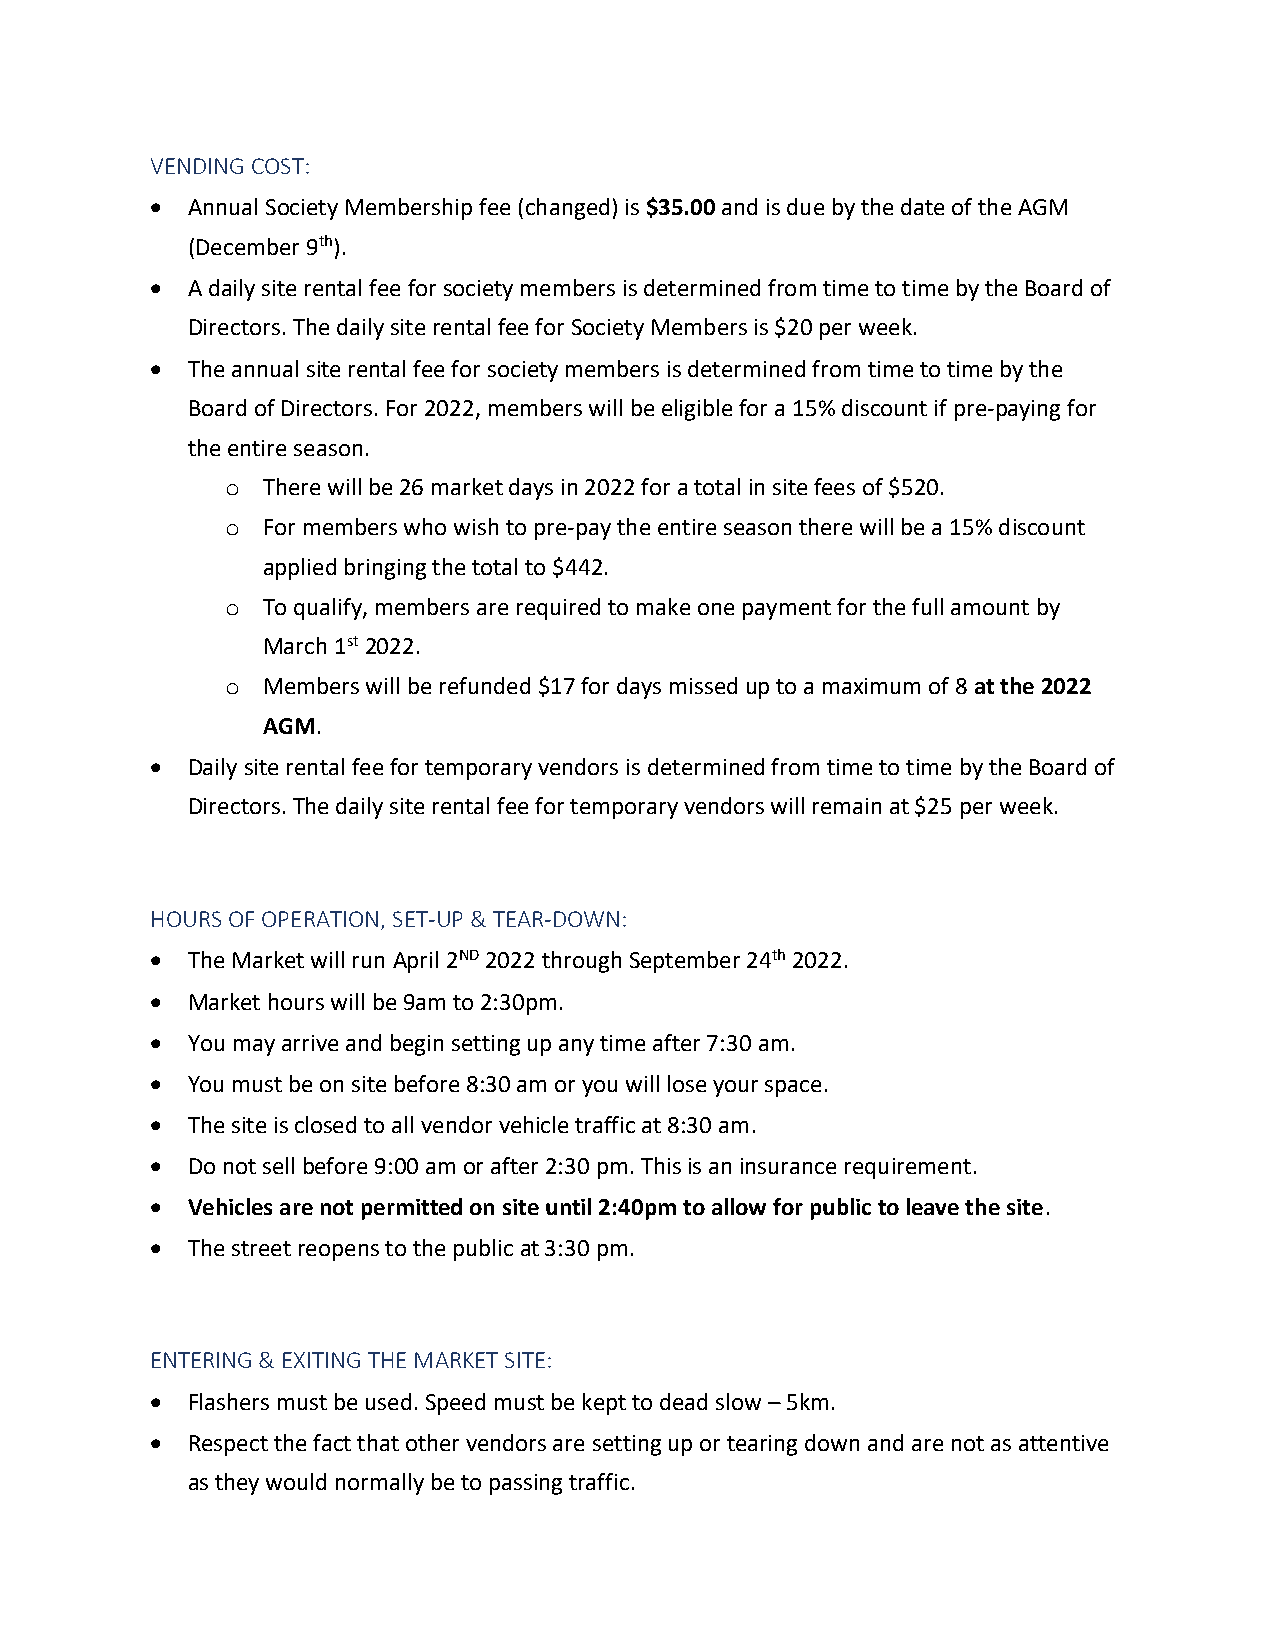
VENDING COST:
 • Annual Society Membership fee (changed) is $35.00 and is due by the date of the AGM
 (December 9th).
 • A daily site rental fee for society members is determined from time to time by the Board of
 Directors. The daily site rental fee for Society Members is $20 per week.
 • The annual site rental fee for society members is determined from time to time by the
 Board of Directors. For 2022, members will be eligible for a 15% discount if pre-paying for
 the entire season.
 o There will be 26 market days in 2022 for a total in site fees of $520.
 o For members who wish to pre-pay the entire season there will be a 15% discount
 applied bringing the total to $442.
 o To qualify, members are required to make one payment for the full amount by
 March 1st 2022.
 o Members will be refunded $17 for days missed up to a maximum of 8 at the 2022
 AGM.
 • Daily site rental fee for temporary vendors is determined from time to time by the Board of
 Directors. The daily site rental fee for temporary vendors will remain at $25 per week.
 HOURS OF OPERATION, SET-UP & TEAR-DOWN:
 • The Market will run April 2ND 2022 through September 24th 2022.
 • Market hours will be 9am to 2:30pm.
 • You may arrive and begin setting up any time after 7:30 am.
 • You must be on site before 8:30 am or you will lose your space.
 • The site is closed to all vendor vehicle traffic at 8:30 am.
 • Do not sell before 9:00 am or after 2:30 pm. This is an insurance requirement.
 • Vehicles are not permitted on site until 2:40pm to allow for public to leave the site.
 • The street reopens to the public at 3:30 pm.
 ENTERING & EXITING THE MARKET SITE:
 • Flashers must be used. Speed must be kept to dead slow – 5km.
 • Respect the fact that other vendors are setting up or tearing down and are not as attentive
 as they would normally be to passing traffic.